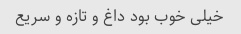
خیلی خوب بود داغ و تازه و سریع